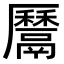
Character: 𩱔